Indian journal of veterinary science and animal husbandry - Volume 10,
Year: 1940
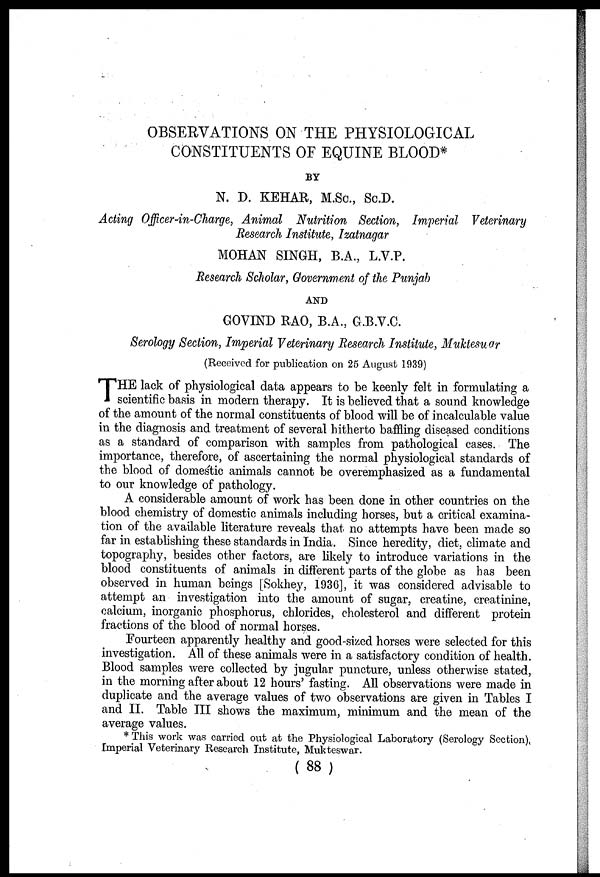
OBSERVATIONS ON THE PHYSIOLOGICAL
CONSTITUENTS OF EQUINE BLOOD*
BY
N. D. KEHAR, M.Sc., Sc.D.
Acting Officer-in-Charge, Animal Nutrition Section, Imperial Veterinary
Research Institute, Izatnagar
MOHAN SINGH, B.A., L.V.P.
Research Scholar, Government of the Punjab
AND
GOVIND RAO, B.A., G.B.V.C.
Serology Section, Imperial Veterinary Research Institute, Mukteswar
(Received for publication on 25 August 1939)
T HE lack of physiological data appears to be keenly felt in formulating a
scientific basis in modern therapy. It is believed that a sound knowledge
of the amount of the normal constituents of blood will be of incalculable value
in the diagnosis and treatment of several hitherto baffling diseased conditions
as a standard of comparison with samples from pathological cases. The
importance, therefore, of ascertaining the normal physiological standards of
the blood of domestic animals cannot be overemphasized as a fundamental
to our knowledge of pathology.
A considerable amount of work has been done in other countries on the
blood chemistry of domestic animals including horses, but a critical examina-
tion of the available literature reveals that no attempts have been made so
far in establishing these standards in India. Since heredity, diet, climate and
topography, besides other factors, are likely to introduce variations in the
blood constituents of animals in different parts of the globe as has been
observed in human beings [Sokhey, 1936], it was considered advisable to
attempt an investigation into the amount of sugar, creatine, creatinine,
calcium, inorganic phosphorus, chlorides, cholesterol and different protein
fractions of the blood of normal horses.
Fourteen apparently healthy and good-sized horses were selected for this
investigation. All of these animals were in a satisfactory condition of health.
Blood samples were collected by jugular puncture, unless otherwise stated,
in the morning after about 12 hours' fasting. All observations were made in
duplicate and the average values of two observations are given in Tables I
and II. Table III shows the maximum, minimum and the mean of the
average values.
* This work was carried out at the Physiological Laboratory (Serology Section),
Imperial Veterinary Research Institute, Mukteswar.
(88)